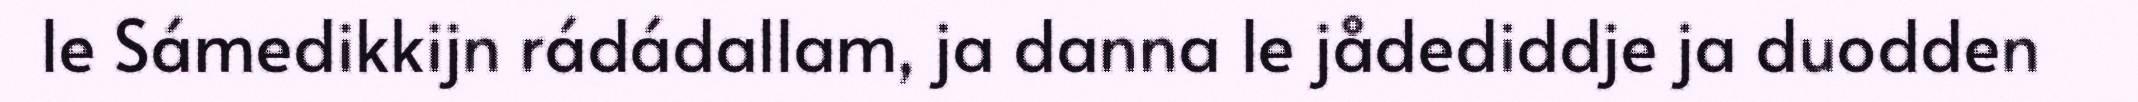
le Sámedikkijn rádádallam, ja danna le jådediddje ja duodden